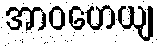
အာဝဟေယျ